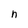
Character: n